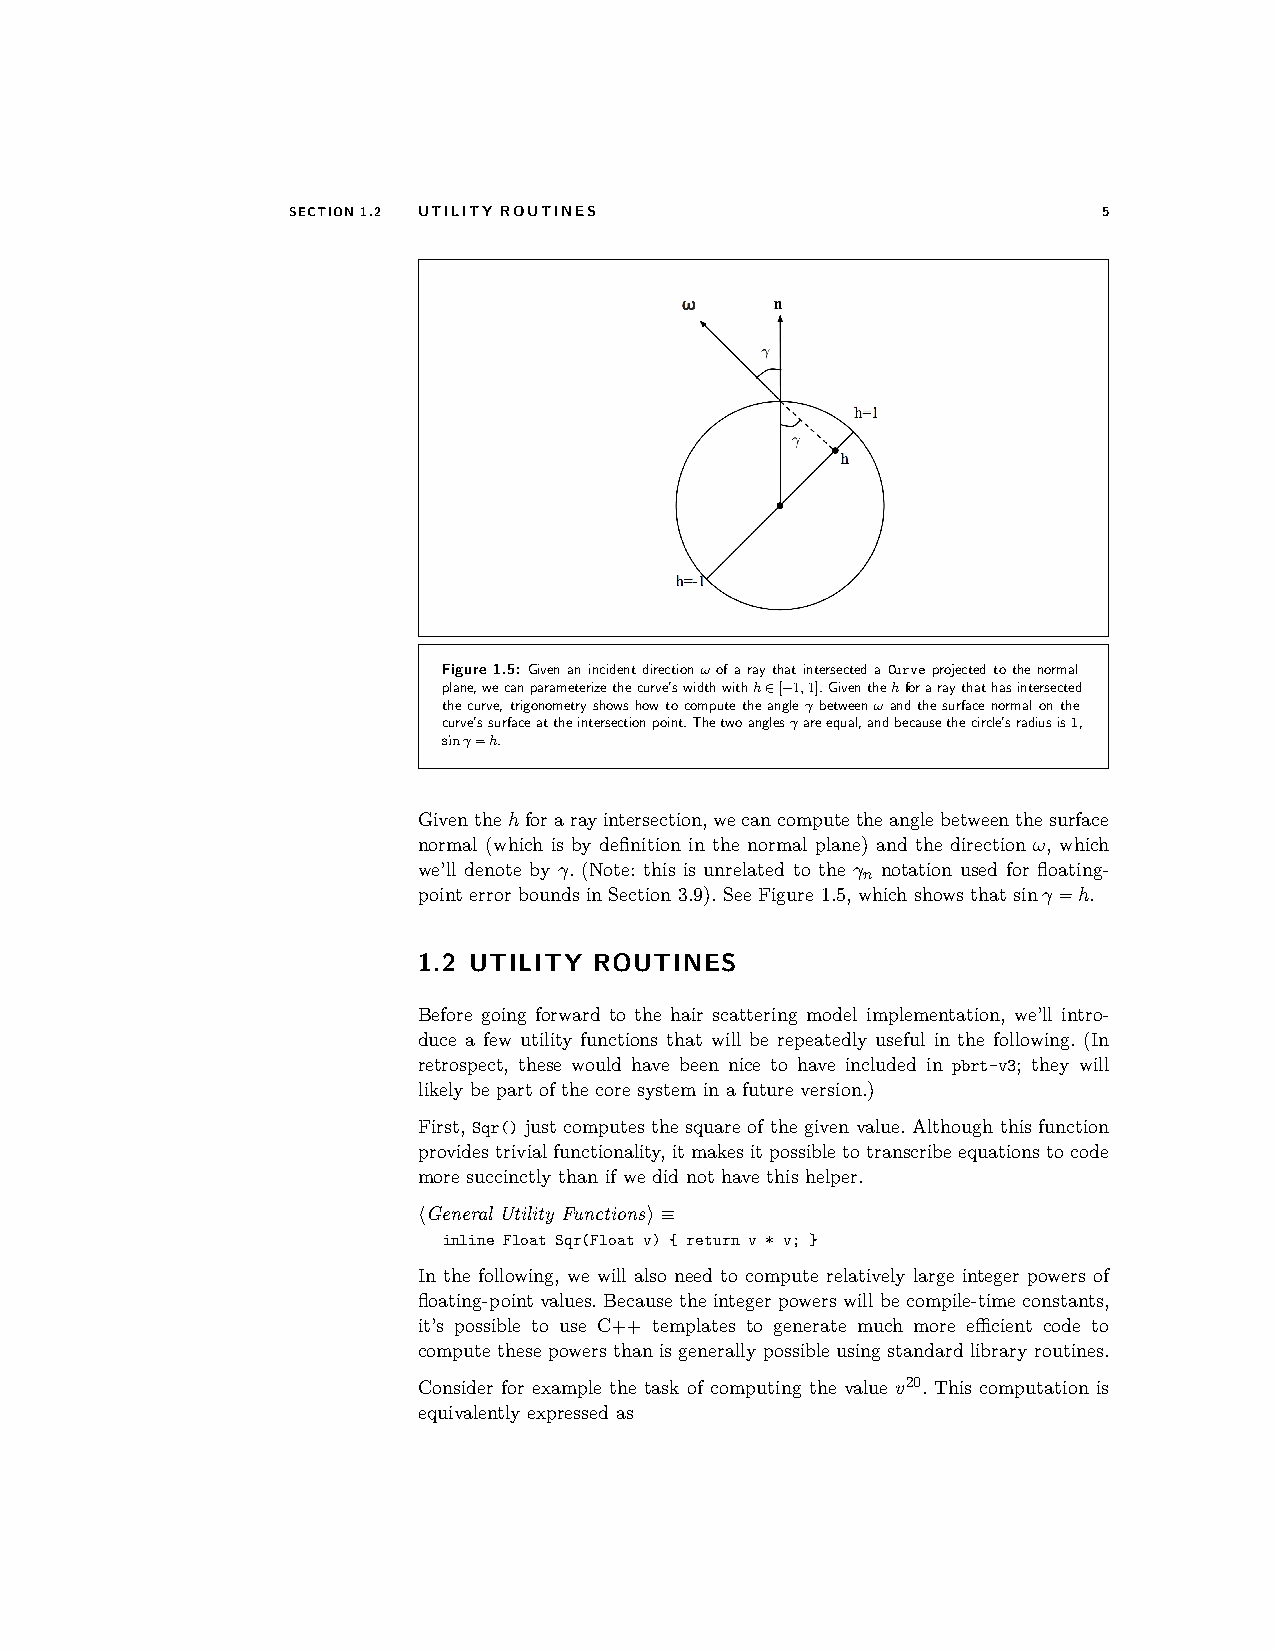
SECTION1.2 UTILITY ROUTINES                           5
 Figure1.5: Givenanincidentdirectionω ofaraythatintersectedaCurveprojectedtothenormal
 plane,wecanparameterizethecurve’swidthwithh∈[−1,1].Giventhehforaraythathasintersected
 thecurve, trigonometryshowshowtocomputetheangleγ betweenω andthesurfacenormalonthe
 curve’ssurfaceattheintersectionpoint.Thetwoanglesγareequal,andbecausethecircle’sradiusis1,
 sinγ=h.
 Giventhehforarayintersection,wecancomputetheanglebetweenthesurface
 normal (which is by definition in the normal plane) and the direction ω, which
 we’ll denote by γ. (Note: this is unrelated to the γn notation used for floating-
 point error bounds in Section 3.9). See Figure 1.5, which shows that sinγ=h.
 1.2 UTILITY ROUTINES
 Before going forward to the hair scattering model implementation, we’ll intro-
 duce a few utility functions that will be repeatedly useful in the following. (In
 retrospect, these would have been nice to have included in pbrt-v3; they will
 likely be part of the core system in a future version.)
 First, Sqr() just computes the square of the given value. Although this function
 providestrivialfunctionality,itmakesitpossibletotranscribeequationstocode
 more succinctly than if we did not have this helper.
 hGeneral Utility Functionsi≡
 inline Float Sqr(Float v) { return v * v; }
 In the following, we will also need to compute relatively large integer powers of
 floating-pointvalues.Becausetheintegerpowerswill becompile-time constants,
 it’s possible to use C++ templates to generate much more efficient code to
 compute these powers than is generally possible using standard library routines.
 Consider for example the task of computing the value v20. This computation is
 equivalently expressed as